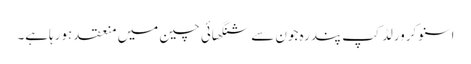
اسنوکرورلڈ کپ پندرہ جون سے شنگھائی چین میں منعقد ہورہاہے۔